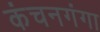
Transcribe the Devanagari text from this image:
कंचनगंगा